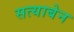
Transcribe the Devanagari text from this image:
सत्याबेन